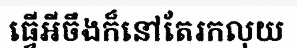
ធ្វើអីចឹងក៏នៅតែរកលុយ